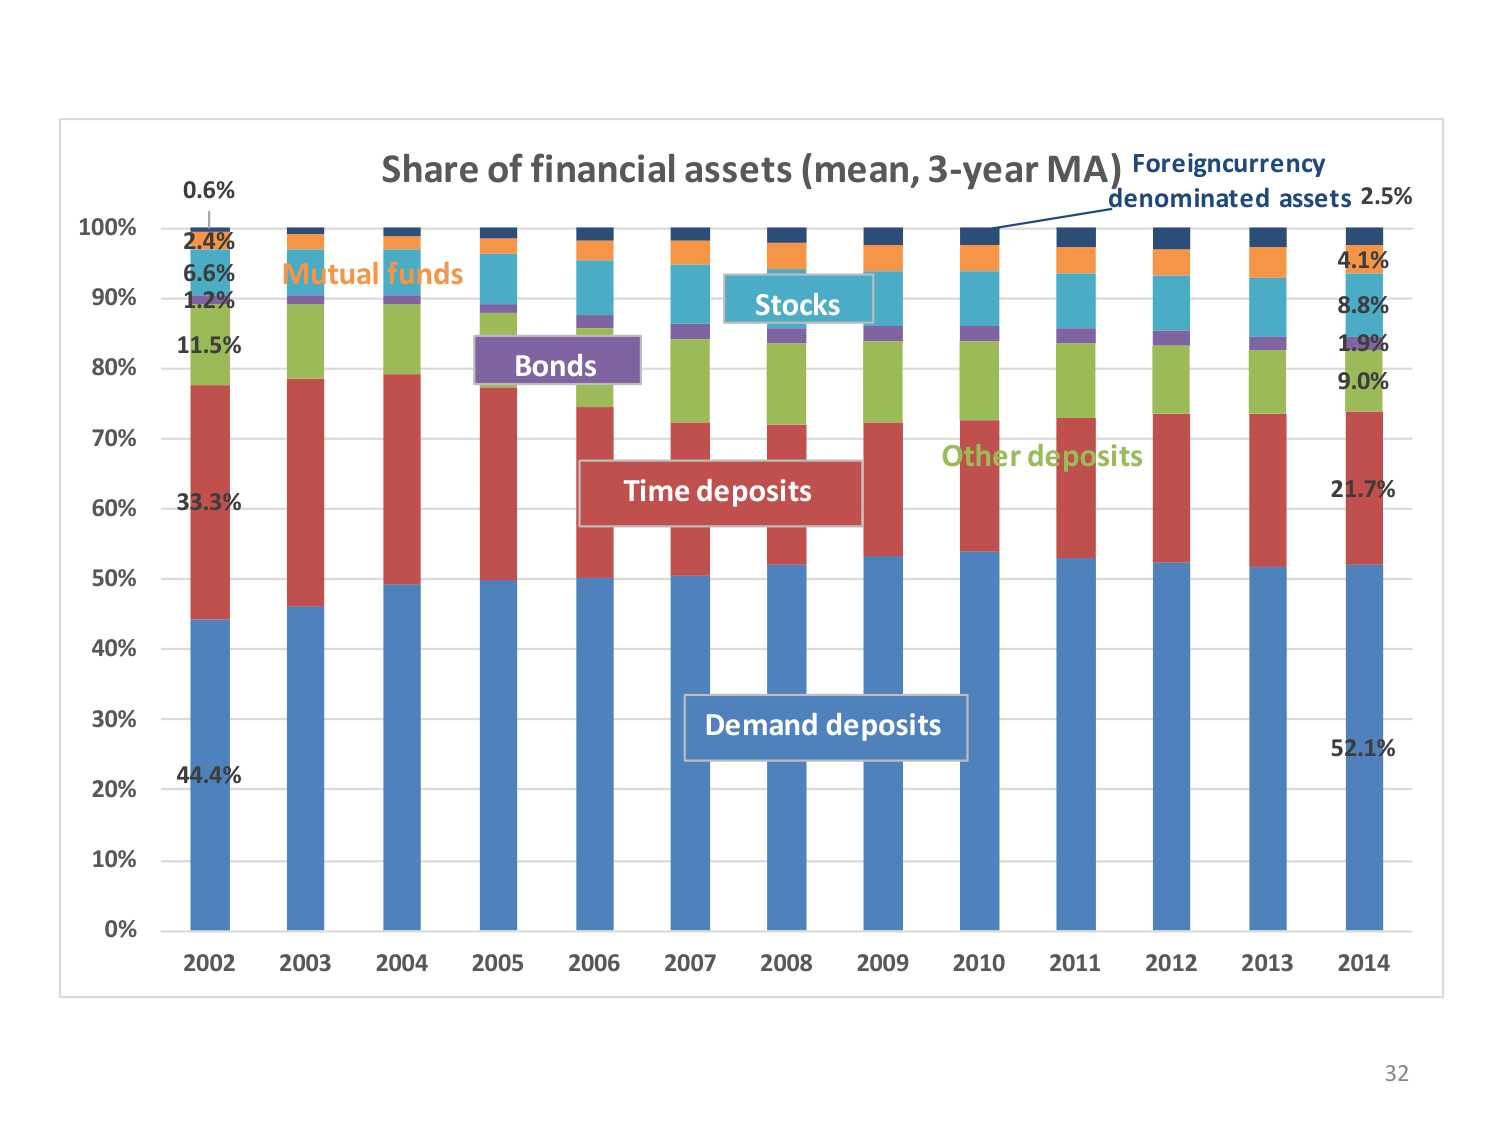
Share of financial assets (mean, 3-year MA)
Foreign currency denominated assets 2.5%
0.6%
2.4%
6.6%
1.2%
11.5%
33.3%
44.4%
Mutual funds
Bonds
Stocks
Time deposits
Demand deposits
Other deposits
4.1%
8.8%
1.9%
9.0%
21.7%
52.1%
0%
10%
20%
30%
40%
50%
60%
70%
80%
90%
100%
2002
2003
2004
2005
2006
2007
2008
2009
2010
2011
2012
2013
2014
32